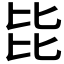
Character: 𣬅